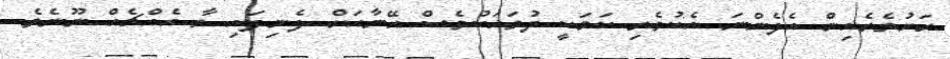
ރަށުތެރެއިން އެފެންނަ އެކުވެރި ކަމަކީ ދުވަހަކުވެސް އޭނާއަށް ފެނިފައި ވާ އެއްޗެއް ނޫނެވެ.